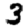
Digit: 3